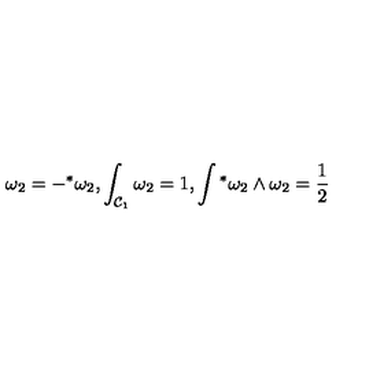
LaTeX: \omega _ { 2 } = - { } ^ { * } \omega _ { 2 } , \int _ { { \cal C } _ { 1 } } \omega _ { 2 } = 1 , \int { } ^ { * } \omega _ { 2 } \wedge \omega _ { 2 } = \frac { 1 } { 2 }